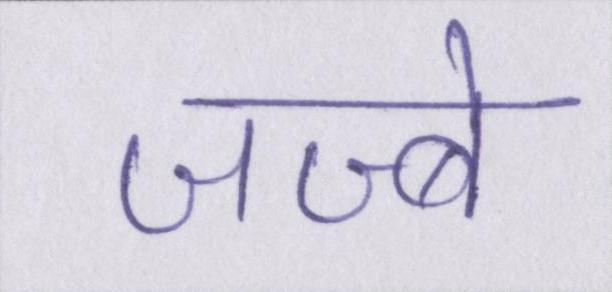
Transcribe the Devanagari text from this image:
जज्बे